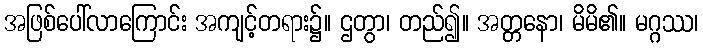
အဖြစ်ပေါ်လာကြောင်း အကျင့်တရား၌။ ဌတွာ၊ တည်၍။ အတ္တနော၊ မိမိ၏။ မဂ္ဂဿ၊